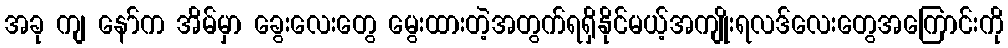
အခု ကျ နော်က အိမ်မှာ ခွေးလေးတွေ မွေးထားတဲ့အတွက်ရရှိနိုင်မယ့်အကျိုးရလဒ်လေးတွေအကြောင်းကို